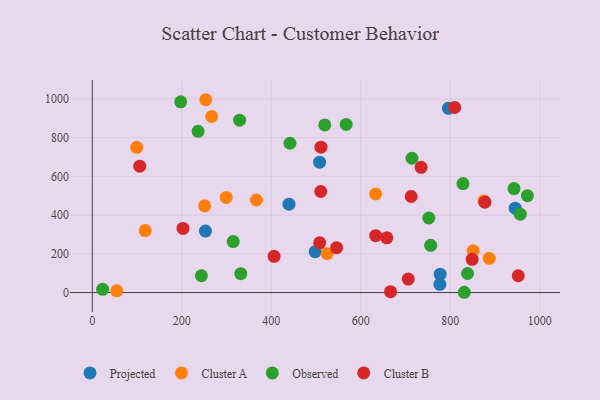
{"axis": {"x": "Ad Spend", "y": "Fuel Efficiency"}, "legend": ["Cluster A", "Cluster B", "Observed", "Projected"], "data": [{"x": "795.8", "y": 950.8, "type": "Projected"}, {"x": "945.1", "y": 435.6, "type": "Projected"}, {"x": "498.0", "y": 210.8, "type": "Projected"}, {"x": "439.5", "y": 456.2, "type": "Projected"}, {"x": "507.9", "y": 673.1, "type": "Projected"}, {"x": "252.8", "y": 317.4, "type": "Projected"}, {"x": "777.4", "y": 95.0, "type": "Projected"}, {"x": "776.8", "y": 42.5, "type": "Projected"}, {"x": "633.1", "y": 509.1, "type": "Cluster A"}, {"x": "851.2", "y": 215.7, "type": "Cluster A"}, {"x": "266.7", "y": 908.8, "type": "Cluster A"}, {"x": "887.0", "y": 176.8, "type": "Cluster A"}, {"x": "253.5", "y": 995.4, "type": "Cluster A"}, {"x": "524.8", "y": 200.8, "type": "Cluster A"}, {"x": "251.1", "y": 447.8, "type": "Cluster A"}, {"x": "366.6", "y": 477.7, "type": "Cluster A"}, {"x": "99.3", "y": 749.5, "type": "Cluster A"}, {"x": "875.2", "y": 473.1, "type": "Cluster A"}, {"x": "54.6", "y": 9.0, "type": "Cluster A"}, {"x": "299.2", "y": 490.8, "type": "Cluster A"}, {"x": "118.2", "y": 319.7, "type": "Cluster A"}, {"x": "942.4", "y": 536.6, "type": "Observed"}, {"x": "331.8", "y": 97.6, "type": "Observed"}, {"x": "831.3", "y": 1.4, "type": "Observed"}, {"x": "329.1", "y": 889.9, "type": "Observed"}, {"x": "838.6", "y": 98.2, "type": "Observed"}, {"x": "756.2", "y": 243.8, "type": "Observed"}, {"x": "236.4", "y": 832.3, "type": "Observed"}, {"x": "972.3", "y": 500.2, "type": "Observed"}, {"x": "441.7", "y": 770.6, "type": "Observed"}, {"x": "243.8", "y": 86.6, "type": "Observed"}, {"x": "567.3", "y": 867.9, "type": "Observed"}, {"x": "828.4", "y": 562.5, "type": "Observed"}, {"x": "314.9", "y": 263.2, "type": "Observed"}, {"x": "519.5", "y": 865.5, "type": "Observed"}, {"x": "714.3", "y": 693.4, "type": "Observed"}, {"x": "197.5", "y": 984.4, "type": "Observed"}, {"x": "956.4", "y": 404.5, "type": "Observed"}, {"x": "752.0", "y": 384.9, "type": "Observed"}, {"x": "23.0", "y": 16.4, "type": "Observed"}, {"x": "511.0", "y": 750.5, "type": "Cluster B"}, {"x": "510.5", "y": 521.7, "type": "Cluster B"}, {"x": "951.9", "y": 86.6, "type": "Cluster B"}, {"x": "712.6", "y": 495.9, "type": "Cluster B"}, {"x": "734.8", "y": 646.5, "type": "Cluster B"}, {"x": "106.0", "y": 652.4, "type": "Cluster B"}, {"x": "706.1", "y": 69.5, "type": "Cluster B"}, {"x": "666.5", "y": 4.6, "type": "Cluster B"}, {"x": "658.0", "y": 282.4, "type": "Cluster B"}, {"x": "202.6", "y": 331.1, "type": "Cluster B"}, {"x": "877.3", "y": 466.5, "type": "Cluster B"}, {"x": "848.9", "y": 171.6, "type": "Cluster B"}, {"x": "809.8", "y": 955.8, "type": "Cluster B"}, {"x": "406.2", "y": 186.9, "type": "Cluster B"}, {"x": "633.2", "y": 293.4, "type": "Cluster B"}, {"x": "545.9", "y": 231.6, "type": "Cluster B"}, {"x": "508.1", "y": 256.5, "type": "Cluster B"}]}